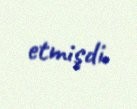
etmişdi.